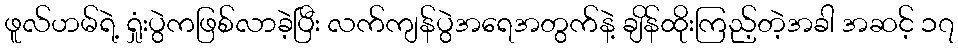
ဖူလ်ဟမ်ရဲ့ ရှုံးပွဲကဖြစ်လာခဲ့ပြီး လက်ကျန်ပွဲအရေအတွက်နဲ့ ချိန်ထိုးကြည့်တဲ့အခါ အဆင့် ၁၇